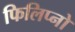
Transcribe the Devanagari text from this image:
फिलिप्नो